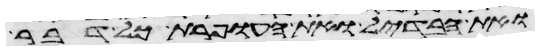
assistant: ואת הבדיל ואת העופרת כל דבר